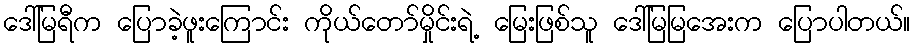
ဒေါ်မြရီက ပြောခဲ့ဖူးကြောင်း ကိုယ်တော်မှိုင်းရဲ့ မြေးဖြစ်သူ ဒေါ်မြမြအေးက ပြောပါတယ်။